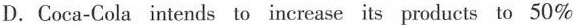
D.Coca-Cola intends to increase its products to 50%